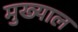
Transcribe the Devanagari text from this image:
मुख्याल